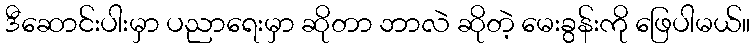
ဒီဆောင်းပါးမှာ ပညာရေးမှာ ဆိုတာ ဘာလဲ ဆိုတဲ့ မေးခွန်းကို ဖြေပါမယ်။